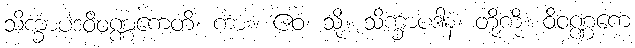
သိက္ခာပဒဝိဝဏ္ဏကေတိ၊ ကား။ ဧဝံ၊ သို့။ သိက္ခာပဒါနံ၊ တို့ကို။ ဝိဝဏ္ဏကေ